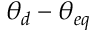
\theta _ { d } - \theta _ { e q }